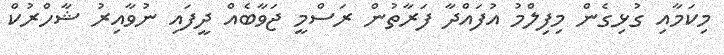
މިކަމާއި ގުޅިގެން މިފިލްމު އުފައްދާ ފަރާތުން ރަސްމީ ޖަވާބެއް ދީފައި ނުވާއިރު ޝާހްރުކް